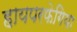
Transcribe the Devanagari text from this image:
हायपरफेगिया